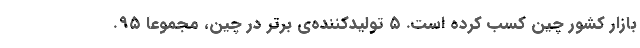
بازار کشور چین کسب کرده است. ۵ تولیدکننده‌ی برتر در چین، مجموعا ۹۵.